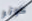
كوتر